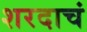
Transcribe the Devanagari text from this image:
शरदाचं